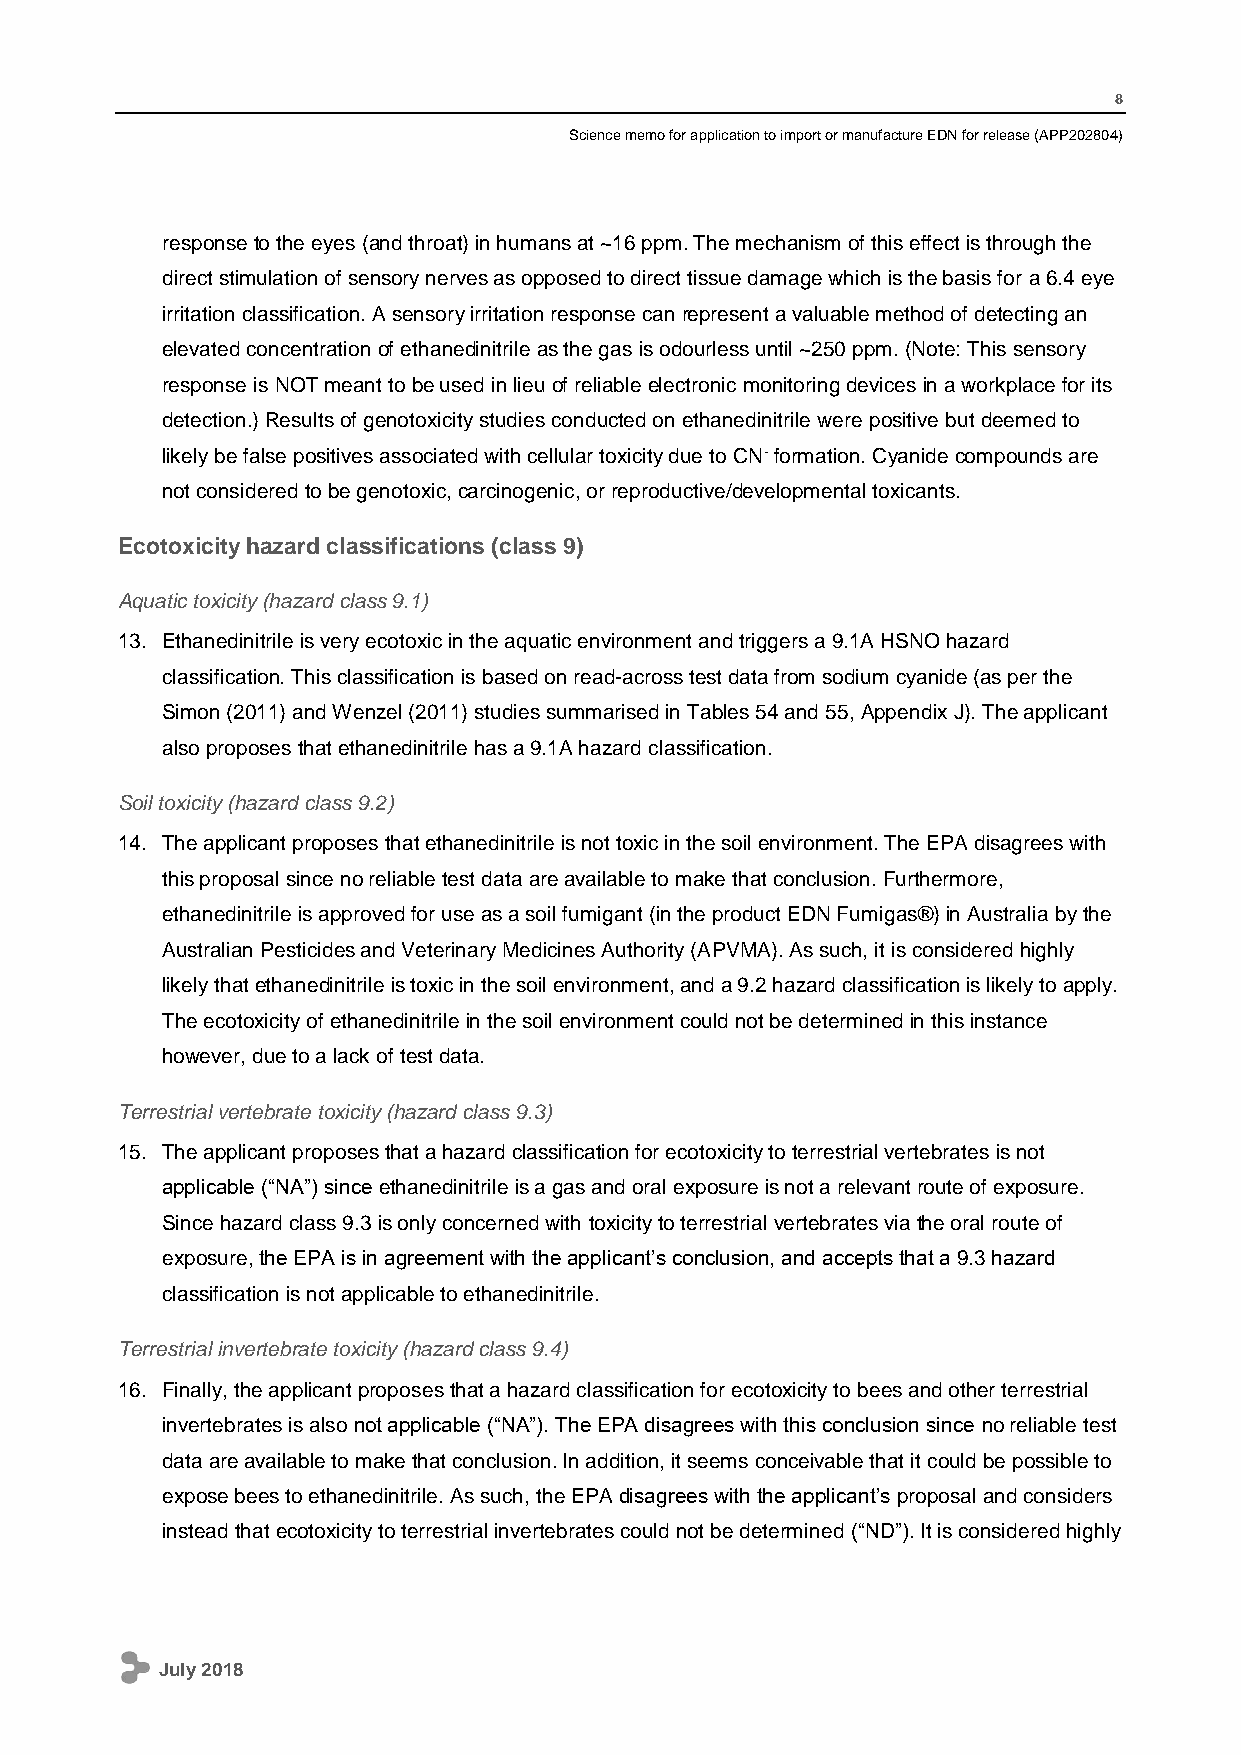
8
 Science memo for application to import or manufacture EDN for release (APP202804)
 response to the eyes (and throat) in humans at ~16 ppm. The mechanism of this effect is through the
 direct stimulation of sensory nerves as opposed to direct tissue damage which is the basis for a 6.4 eye
 irritation classification. A sensory irritation response can represent a valuable method of detecting an
 elevated concentration of ethanedinitrile as the gas is odourless until ~250 ppm. (Note: This sensory
 response is NOT meant to be used in lieu of reliable electronic monitoring devices in a workplace for its
 detection.) Results of genotoxicity studies conducted on ethanedinitrile were positive but deemed to
 likely be false positives associated with cellular toxicity due to CN- formation. Cyanide compounds are
 not considered to be genotoxic, carcinogenic, or reproductive/developmental toxicants.
 Ecotoxicity hazard classifications (class 9)
 Aquatic toxicity (hazard class 9.1)
 13. Ethanedinitrile is very ecotoxic in the aquatic environment and triggers a 9.1A HSNO hazard
 classification. This classification is based on read-across test data from sodium cyanide (as per the
 Simon (2011) and Wenzel (2011) studies summarised in Tables 54 and 55, Appendix J). The applicant
 also proposes that ethanedinitrile has a 9.1A hazard classification.
 Soil toxicity (hazard class 9.2)
 14. The applicant proposes that ethanedinitrile is not toxic in the soil environment. The EPA disagrees with
 this proposal since no reliable test data are available to make that conclusion. Furthermore,
 ethanedinitrile is approved for use as a soil fumigant (in the product EDN Fumigas®) in Australia by the
 Australian Pesticides and Veterinary Medicines Authority (APVMA). As such, it is considered highly
 likely that ethanedinitrile is toxic in the soil environment, and a 9.2 hazard classification is likely to apply.
 The ecotoxicity of ethanedinitrile in the soil environment could not be determined in this instance
 however, due to a lack of test data.
 Terrestrial vertebrate toxicity (hazard class 9.3)
 15. The applicant proposes that a hazard classification for ecotoxicity to terrestrial vertebrates is not
 applicable (“NA”) since ethanedinitrile is a gas and oral exposure is not a relevant route of exposure.
 Since hazard class 9.3 is only concerned with toxicity to terrestrial vertebrates via the oral route of
 exposure, the EPA is in agreement with the applicant’s conclusion, and accepts that a 9.3 hazard
 classification is not applicable to ethanedinitrile.
 Terrestrial invertebrate toxicity (hazard class 9.4)
 16. Finally, the applicant proposes that a hazard classification for ecotoxicity to bees and other terrestrial
 invertebrates is also not applicable (“NA”). The EPA disagrees with this conclusion since no reliable test
 data are available to make that conclusion. In addition, it seems conceivable that it could be possible to
 expose bees to ethanedinitrile. As such, the EPA disagrees with the applicant’s proposal and considers
 instead that ecotoxicity to terrestrial invertebrates could not be determined (“ND”). It is considered highly
 July 2018